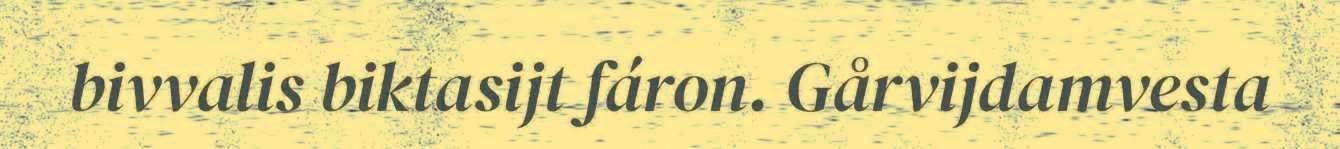
bivvalis biktasijt fáron. Gårvijdamvesta